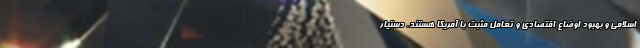
اسلامی و بهبود اوضاع اقتصادی و تعامل مثبت با آمریکا هستند. دستیار